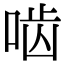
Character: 啮